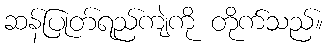
ဆန်ပြုတ်ရည်ကျဲကို တိုက်သည်။